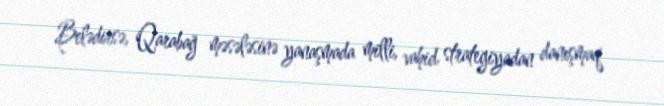
Belədirsə, Qarabağ məsələsinə yanaşmada milli, vahid strategiyadan danışmaq